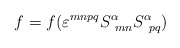
\begin{align*}f=f(\varepsilon ^{mnpq} S^{\alpha}_{\ mn}S^{\alpha}_{\ pq}) \end{align*}